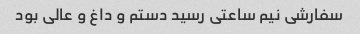
سفارشی نیم ساعتی رسید دستم و داغ و عالی بود